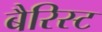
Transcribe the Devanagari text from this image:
बैरिस्ट